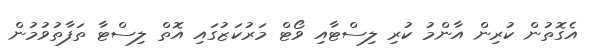
އެގޮތުން ކުރިން އާންމު ކުރި ލިސްޓާއި ވޯޓް މަރުކަޒުގައި އޮތް ލިސްޓާ ތަފާތުވުމުން